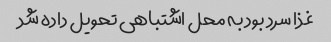
غذا سرد بود به محل اشتباهی تحویل داده شد